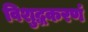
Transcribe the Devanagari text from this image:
विशुद्धकरणं